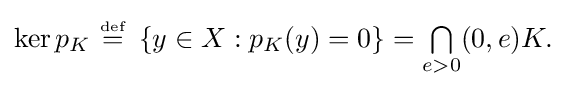
{\textstyle \ker p_{K}~{\stackrel {\scriptscriptstyle {\text{def}}}{=}}~\left\{y\in X:p_{K}(y)=0\right\}={\textstyle \bigcap \limits _{e>0}}(0,e)K.}